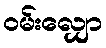
ဝမ်းလျှော